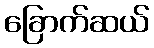
ခြောက်ဆယ်